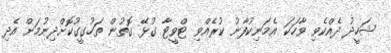
ޝަހީދު ދެއްކެވި ވާހަކަ އެމަނިކުފާނު ކުރެއްވި ޓްވީޓާ ގުޅޭ ގޮތުން ތަހުގީގުކޮށްދިނުމަށް އެދި